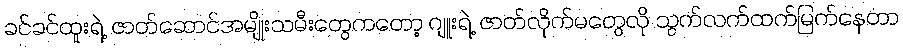
ခင်ခင်ထူးရဲ့ ဇာတ်ဆောင်အမျိုးသမီးတွေကတော့ ဂျူးရဲ့ ဇာတ်လိုက်မတွေလို သွက်လက်ထက်မြက်နေတာ